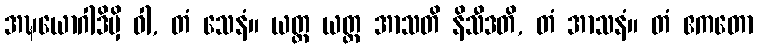
အဍ္ဎယောဂါဒိမှိ ဝါ, တံ သေနံ။ ယတ္ထ ယတ္ထ အာသတိ နိသီဒတိ, တံ အာသနံ။ တံ ဧကတော